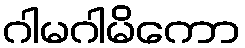
ဂါမဂါမိကော